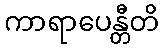
ကာရာပေန္တီတိ